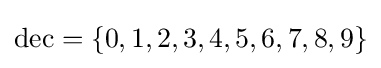
\operatorname {dec} =\lbrace 0,1,2,3,4,5,6,7,8,9\rbrace